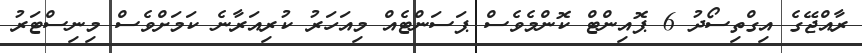
ރާއްޖޭގެ އިގްތިސޯދު 6 ޕޮއިންޓް ކޮންމެވެސް ޕަސަންޓެއް މިއަހަރު ކުރިއަރާނެ ކަމަށްވެސް މިނިސްޓަރު